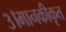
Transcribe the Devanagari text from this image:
३।मानकीकृत